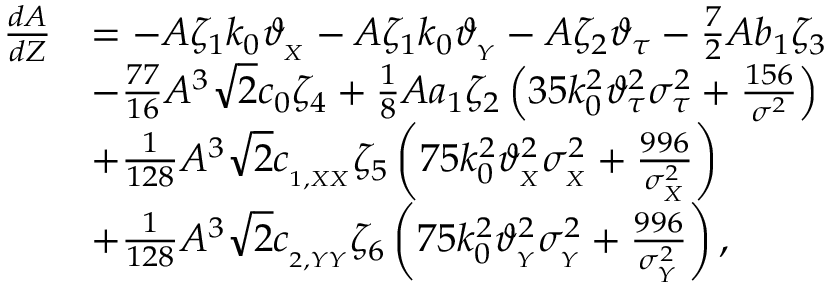
\begin{array} { r l } { \frac { d A } { d Z } } & { = - A \zeta _ { 1 } k _ { 0 } \vartheta _ { _ { X } } - A \zeta _ { 1 } k _ { 0 } \vartheta _ { _ { Y } } - A \zeta _ { 2 } \vartheta _ { \tau } - \frac { 7 } { 2 } A b _ { 1 } \zeta _ { 3 } } \\ & { - \frac { 7 7 } { 1 6 } A ^ { 3 } \sqrt { 2 } c _ { 0 } \zeta _ { 4 } + \frac { 1 } { 8 } A a _ { 1 } \zeta _ { 2 } \left( 3 5 k _ { 0 } ^ { 2 } \vartheta _ { \tau } ^ { 2 } \sigma _ { \tau } ^ { 2 } + \frac { 1 5 6 } { \sigma ^ { 2 } } \right) } \\ & { + \frac { 1 } { 1 2 8 } A ^ { 3 } \sqrt { 2 } c _ { _ { 1 , X X } } \zeta _ { 5 } \left( 7 5 k _ { 0 } ^ { 2 } \vartheta _ { _ { X } } ^ { 2 } \sigma _ { _ X } ^ { 2 } + \frac { 9 9 6 } { \sigma _ { _ X } ^ { 2 } } \right) } \\ & { + \frac { 1 } { 1 2 8 } A ^ { 3 } \sqrt { 2 } c _ { _ { 2 , Y Y } } \zeta _ { 6 } \left( 7 5 k _ { 0 } ^ { 2 } \vartheta _ { _ { Y } } ^ { 2 } \sigma _ { _ Y } ^ { 2 } + \frac { 9 9 6 } { \sigma _ { _ Y } ^ { 2 } } \right) , } \end{array}